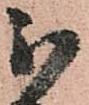
被